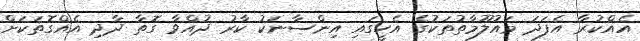
އެއްކުރާ އެފަދަ މައުލޫމާތުތަކުގެ އެހީގައި އިންސާނަކު ކާރު ދުއްވާ ގޮތާ ދާދި އެއްގޮތަކަށް